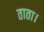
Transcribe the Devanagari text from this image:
ताता।